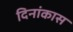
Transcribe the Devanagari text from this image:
दिनांकास